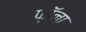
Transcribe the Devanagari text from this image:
फ़ॉना